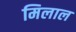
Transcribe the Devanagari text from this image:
मिलाल